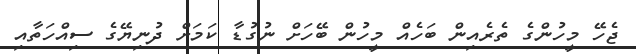
ޖެހޭ މީހުންގެ ތެރެއިން ބަހެއް މީހުން ބޭހަށް ނުގުޑާ ކަމަށް ދުނިޔޭގެ ސިއްހަތާއި